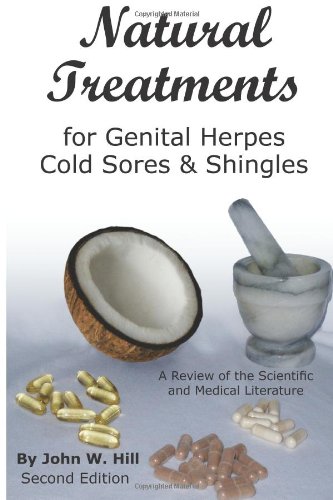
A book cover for Natural Treatments for Genital Herpes, Cold Sores and Shingles: A Review of the Scientific and Medical Literature; John Hill; Health, Fitness & Dieting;